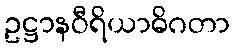
ဥဋ္ဌာနဝီရိယာဓိဂတာ